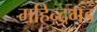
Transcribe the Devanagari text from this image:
महिन्द्रगड